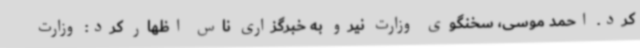
کرد. احمد موسی، سخنگوی وزارت نیرو به خبرگزاری ناس اظهار کرد: وزارت